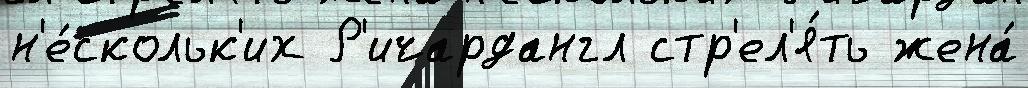
н'е́скольк'их Р'ичардангл стр'ел'я́ть жена́